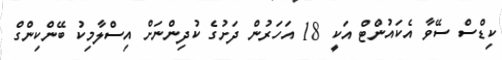
ކިޑްސް ސޭވާ އެކައުންޓް އަކީ 18 އަހަރުން ދަށުގެ ކުދިންނަށް އިސްލާމިކު ބޭންކިންގް